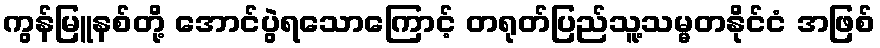
ကွန်မြူနစ်တို့ အောင်ပွဲရသောကြောင့် တရုတ်ပြည်သူ့သမ္မတနိုင်ငံ အဖြစ်